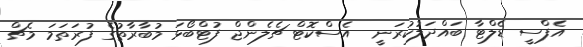
އެފްސީ ޑެލްޓާ ބައްދަލުކުރަނީ  އެސްކޮޓް ޗެލެންޖް ފުޓްބޯޅަ މުބާރާތުގެ ފުރަތަމަ މެޗް